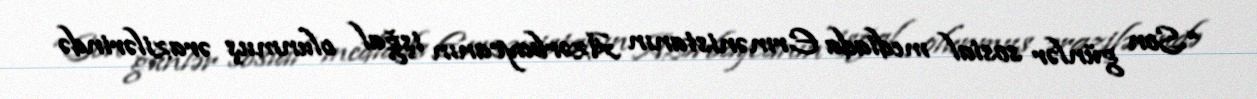
“Son günlər sosial mediada Ermənistanın Azərbaycanın işğal olunmuş ərazilərində